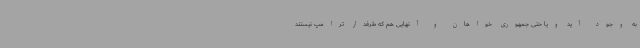
به وجود آید ویا حتی جمهوری خواهان و آنهایی هم که طرفدار ترامپ نیستند